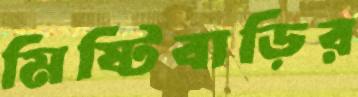
মিষ্টিবাড়ির